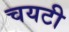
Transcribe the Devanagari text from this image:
चयटी